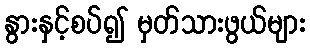
နွားနှင့်စပ်၍ မှတ်သားဖွယ်များ